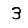
Digit: 3